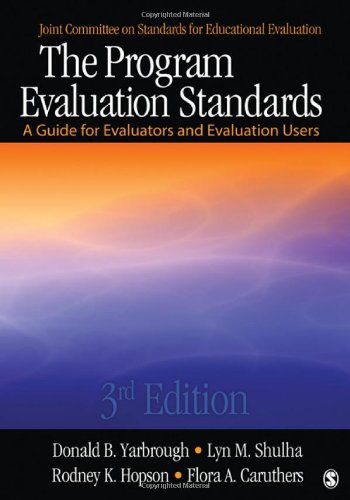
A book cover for The Program Evaluation Standards: A Guide for Evaluators and Evaluation Users; Donald B. Yarbrough; Education & Teaching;